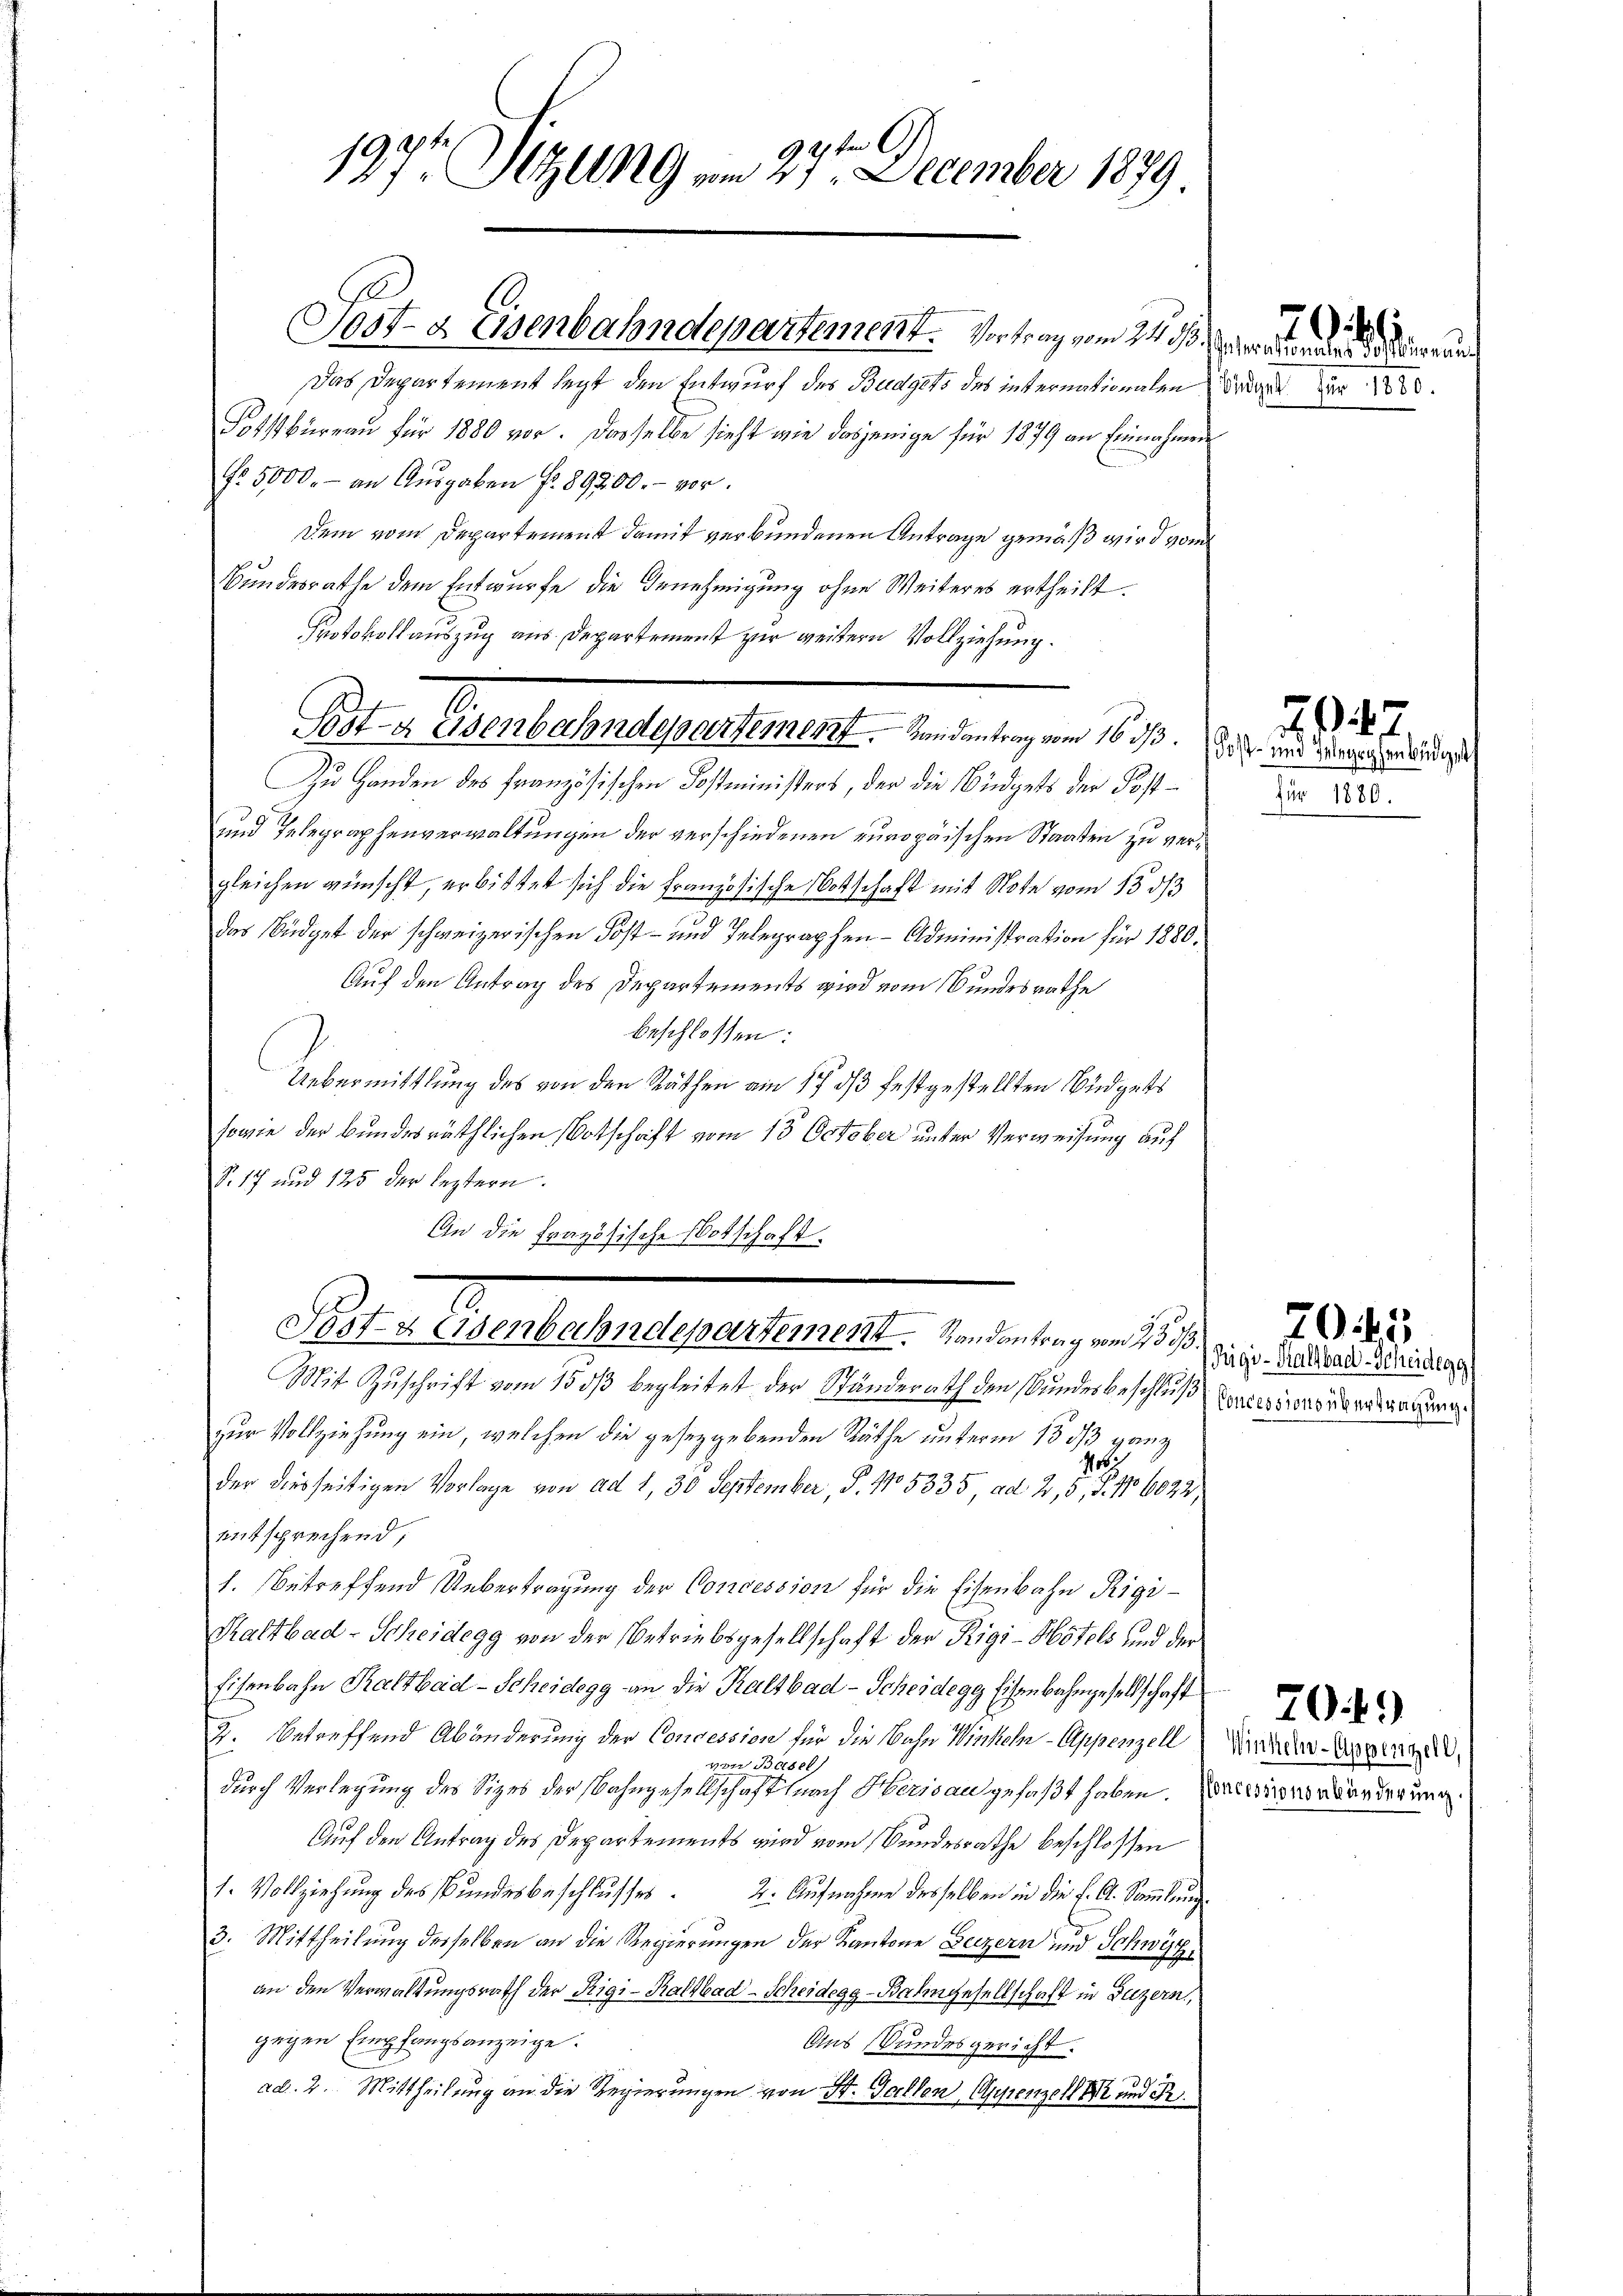
ten G
197 Szling vom 27. December 1879.

2
Post- Osenbahndepartement. Handantrag vom 16. ds. Das und zwang erwendigen

Sost- & Eisenbahndepartement. Vortrag vom 24.
Das Departement legt den Entwurf des Budgets des internationalen
Fotstbureau für 1880 vor. Dasselbe sieht wie dasjenige für 1879 an Einnahmen
No. 5000.- an Aŭsgaben fr. 89200.- vor.
Dem vom Departement damit verbundenen Antrage gemäß wird vom
Bundesrathe dem Entwurfe die Genehmigung ohne Weiteres ertheilt.
Protokollauszug aus Departement zur weitern Vollziehung.
Zu Handen des Französischen Kostministers, der die Büdgets der Post¬
und Telegraphenverwaltungen der verschiedenen europäischen Staaten zu vergleichen wünscht, erbittet sich die Französische Botschaft mit Note vom 15. ds
das Büdget der schweizerischen Post- und Telegraphen- Administration für 1880.
Auf den Antrag des Departements wird vom Bundesrathe
beschlossen:
Uebermittlung des von den Räthen am 17. ds festgestellten Büdgets
sowie der Bundesräthlichen Votschrift vom 13. October unter Verweisung auf
S. 17 und 125 der leztern.
An die frazösische Botschaft.
Post- & Eisenbahndepartement. Randantrag vom 23 1/3.
Mit Zuschrift vom 15 dß begleitet der Stunderath den Bundesbeschluß Conseitsvertragung
zur Vollziehung ein, welchen die gesezgebenden Räthe unterm 15. ds ganz
16:
der diesseitigen Vorlage von ad 1, 30 September, P. No 5335, ad 2, 3, S. 106022,
entsprechend,
1. betreffend Uebertragung der Concession für die Eisenbahn Rigi¬
Kaltbad-Scheidegg von der Betriebsgesellschaft der Rigi-Hotels und der
Eisenbahn Kaltbad-Scheidegg an die Kaltbad - Scheidegg Eisenbahngesellschaft
2. betreffend Abänderung der Concession für die Bahn Winkel-Appenzell
Basel
durch Verlegung des Sizes der Bahngesellschaft nach Herisau gefaßt haben. Zerteienordörderung
Auf den Antrag des Departements wird vom Bundesrathe beschlossen
1. Vollziehung des Bundesbeschlusses 2. Aufnahme desselben in die f. A. Sammlung
3. Mittheilung desselben an die Regierungen der Kantone Beizern und Schwyz,
an den Verwaltungsrath der Rigi-Kaltbad-Scheidegg-Bahngesellschaft in Luzern,
gegen Empfangsanzeige.
Aus Bundesgericht.
ad. 2. Mittheilung an die Regierungen von St. Gallen Appenzell er und R

büdget für 1880.

für 1880.

Rigi-Saltbad-Scheidegg

Winkel-Appenzell,

247.

704.

2045